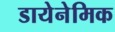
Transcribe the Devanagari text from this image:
डायेनेमिक